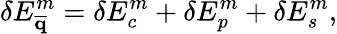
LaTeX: \delta E_{\mathbf{\overline{{q}}}}^{m}=\delta E_{c}^{m}+\delta E_{p}^{m}+\delta E_{s}^{m},